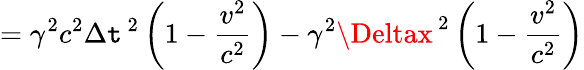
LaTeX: =\gamma^{2}c^{2}\Delta\mathtt{t}^{\, 2}\left(1-{\frac{{v^{2}}}{{c^{2}}}}\right)-\gamma^{2}\Deltax^{\, 2}\left(1-{\frac{{v^{2}}}{{c^{2}}}}\right)